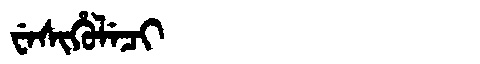
Manchu: ᠸᡝᠰᡳᡥᡠᠯᡝᠴᡳ
Romanization: WESIHULECI